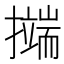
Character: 𭢺